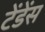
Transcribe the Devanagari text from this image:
टेंडेंस